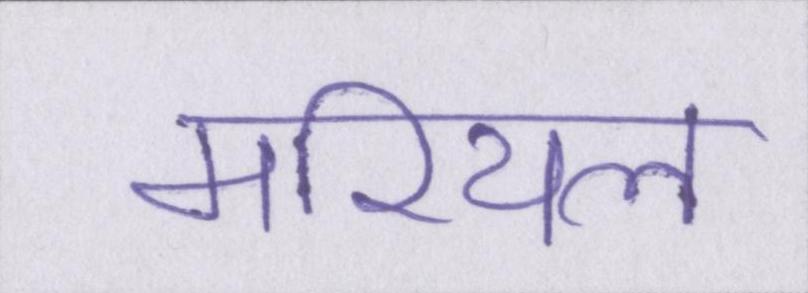
मरियल